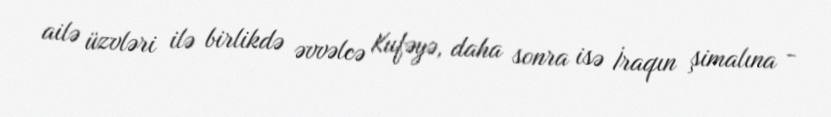
ailə üzvləri ilə birlikdə əvvəlcə Kufəyə, daha sonra isə İraqın şimalına -